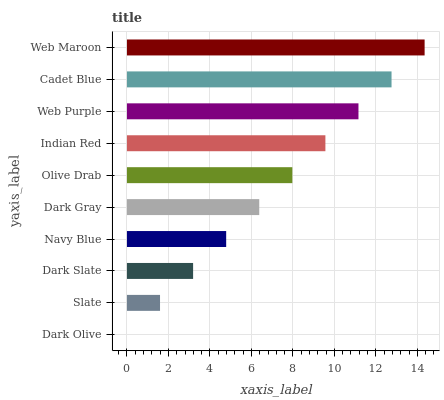
| yaxis_label | bars |
 | --- | --- |
 | Dark Olive | 0 |
 | Slate | 1.59 |
 | Dark Slate | 3.19 |
 | Navy Blue | 4.78 |
 | Dark Gray | 6.38 |
 | Olive Drab | 7.97 |
 | Indian Red | 9.57 |
 | Web Purple | 11.2 |
 | Cadet Blue | 12.8 |
 | Web Maroon | 14.3 |